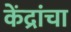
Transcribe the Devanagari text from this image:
केंद्रांचा